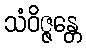
သံဝိဇ္ဇန္တေ